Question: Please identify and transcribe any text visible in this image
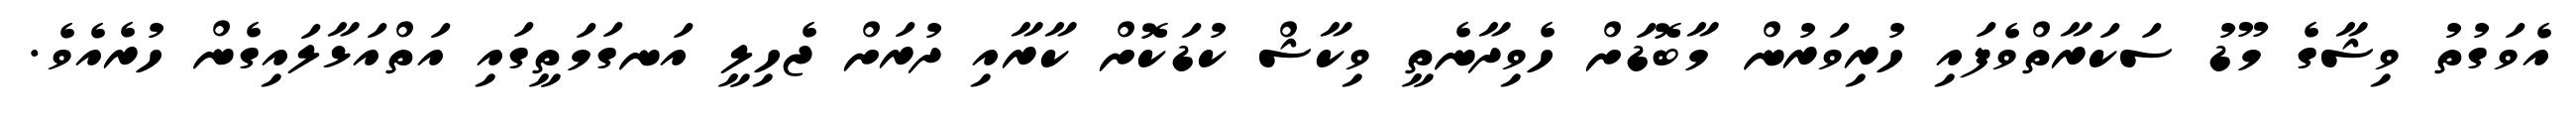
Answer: އެވަގުތު ވިޝާގެ މޫޑު ސަކަރާތްވެފައި ހުރިވަރުން މާބޮޑަށް ހެވިދާނެތީ ވިކާޝް ކުޑަކޮށް ކާރާއި ދުރަށް ޖެހިލީ އަނގަމަތީގައި އަތްއަޅާލައިގެން ހުރެއެވެ.